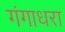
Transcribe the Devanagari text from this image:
गंगाधरा